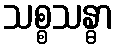
သစ္စသန္ဓာ